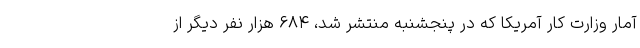
آمار وزارت کار آمریکا که در پنجشنبه منتشر شد، ۶۸۴ هزار نفر دیگر از